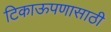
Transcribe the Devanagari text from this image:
टिकाऊपणासाठी